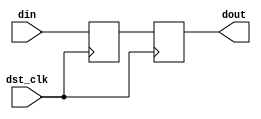
module sync2ff(input wire dst_clk,
	       input wire din,
	       output wire dout);

reg [1:0] d = 2'b00;

always @(posedge dst_clk)
	d[0] <= din;

always @(posedge dst_clk)
	d[1] <= d[0];

assign dout = d[1];

endmodule